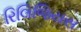
રિલિજિયસ